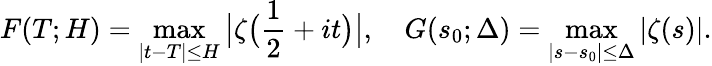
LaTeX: F(T;H)=\operatorname*{max}_{|t-T|\leq H}{\bigl|}\zeta{\bigl(}{\frac{1}{2}}+it{\bigr)}{\bigr|},\quad G(s_{0};\Delta)=\operatorname*{max}_{|s-s_{0}|\leq\Delta}|\zeta(s)|.